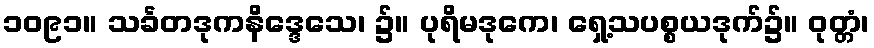
၁၀၉၁။ သင်္ခတဒုကနိဒ္ဒေသေ၊ ၌။ ပုရိမဒုကေ၊ ရှေ့သပစ္စယဒုက်၌။ ဝုတ္တံ၊